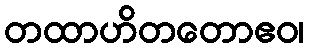
တထာဟိတတောဧဝ၊